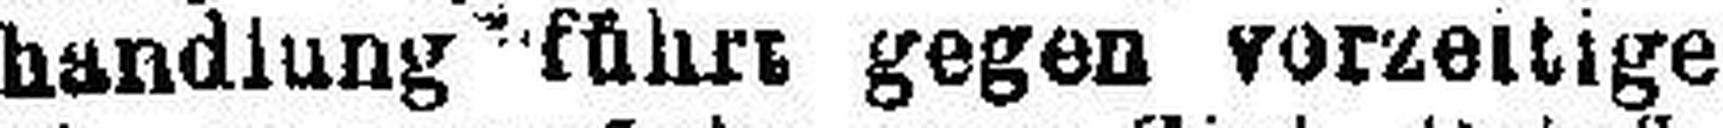
handlung führt gegen vorzeitige